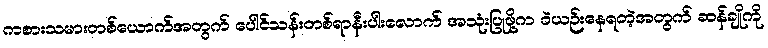
ကစားသမားတစ်ယောက်အတွက် ပေါင်သန်းတစ်ရာနီးပါးလောက် အသုံးပြုဖို့က ခဲယဉ်းနေရတဲ့အတွက် ဆန်ချိုကို